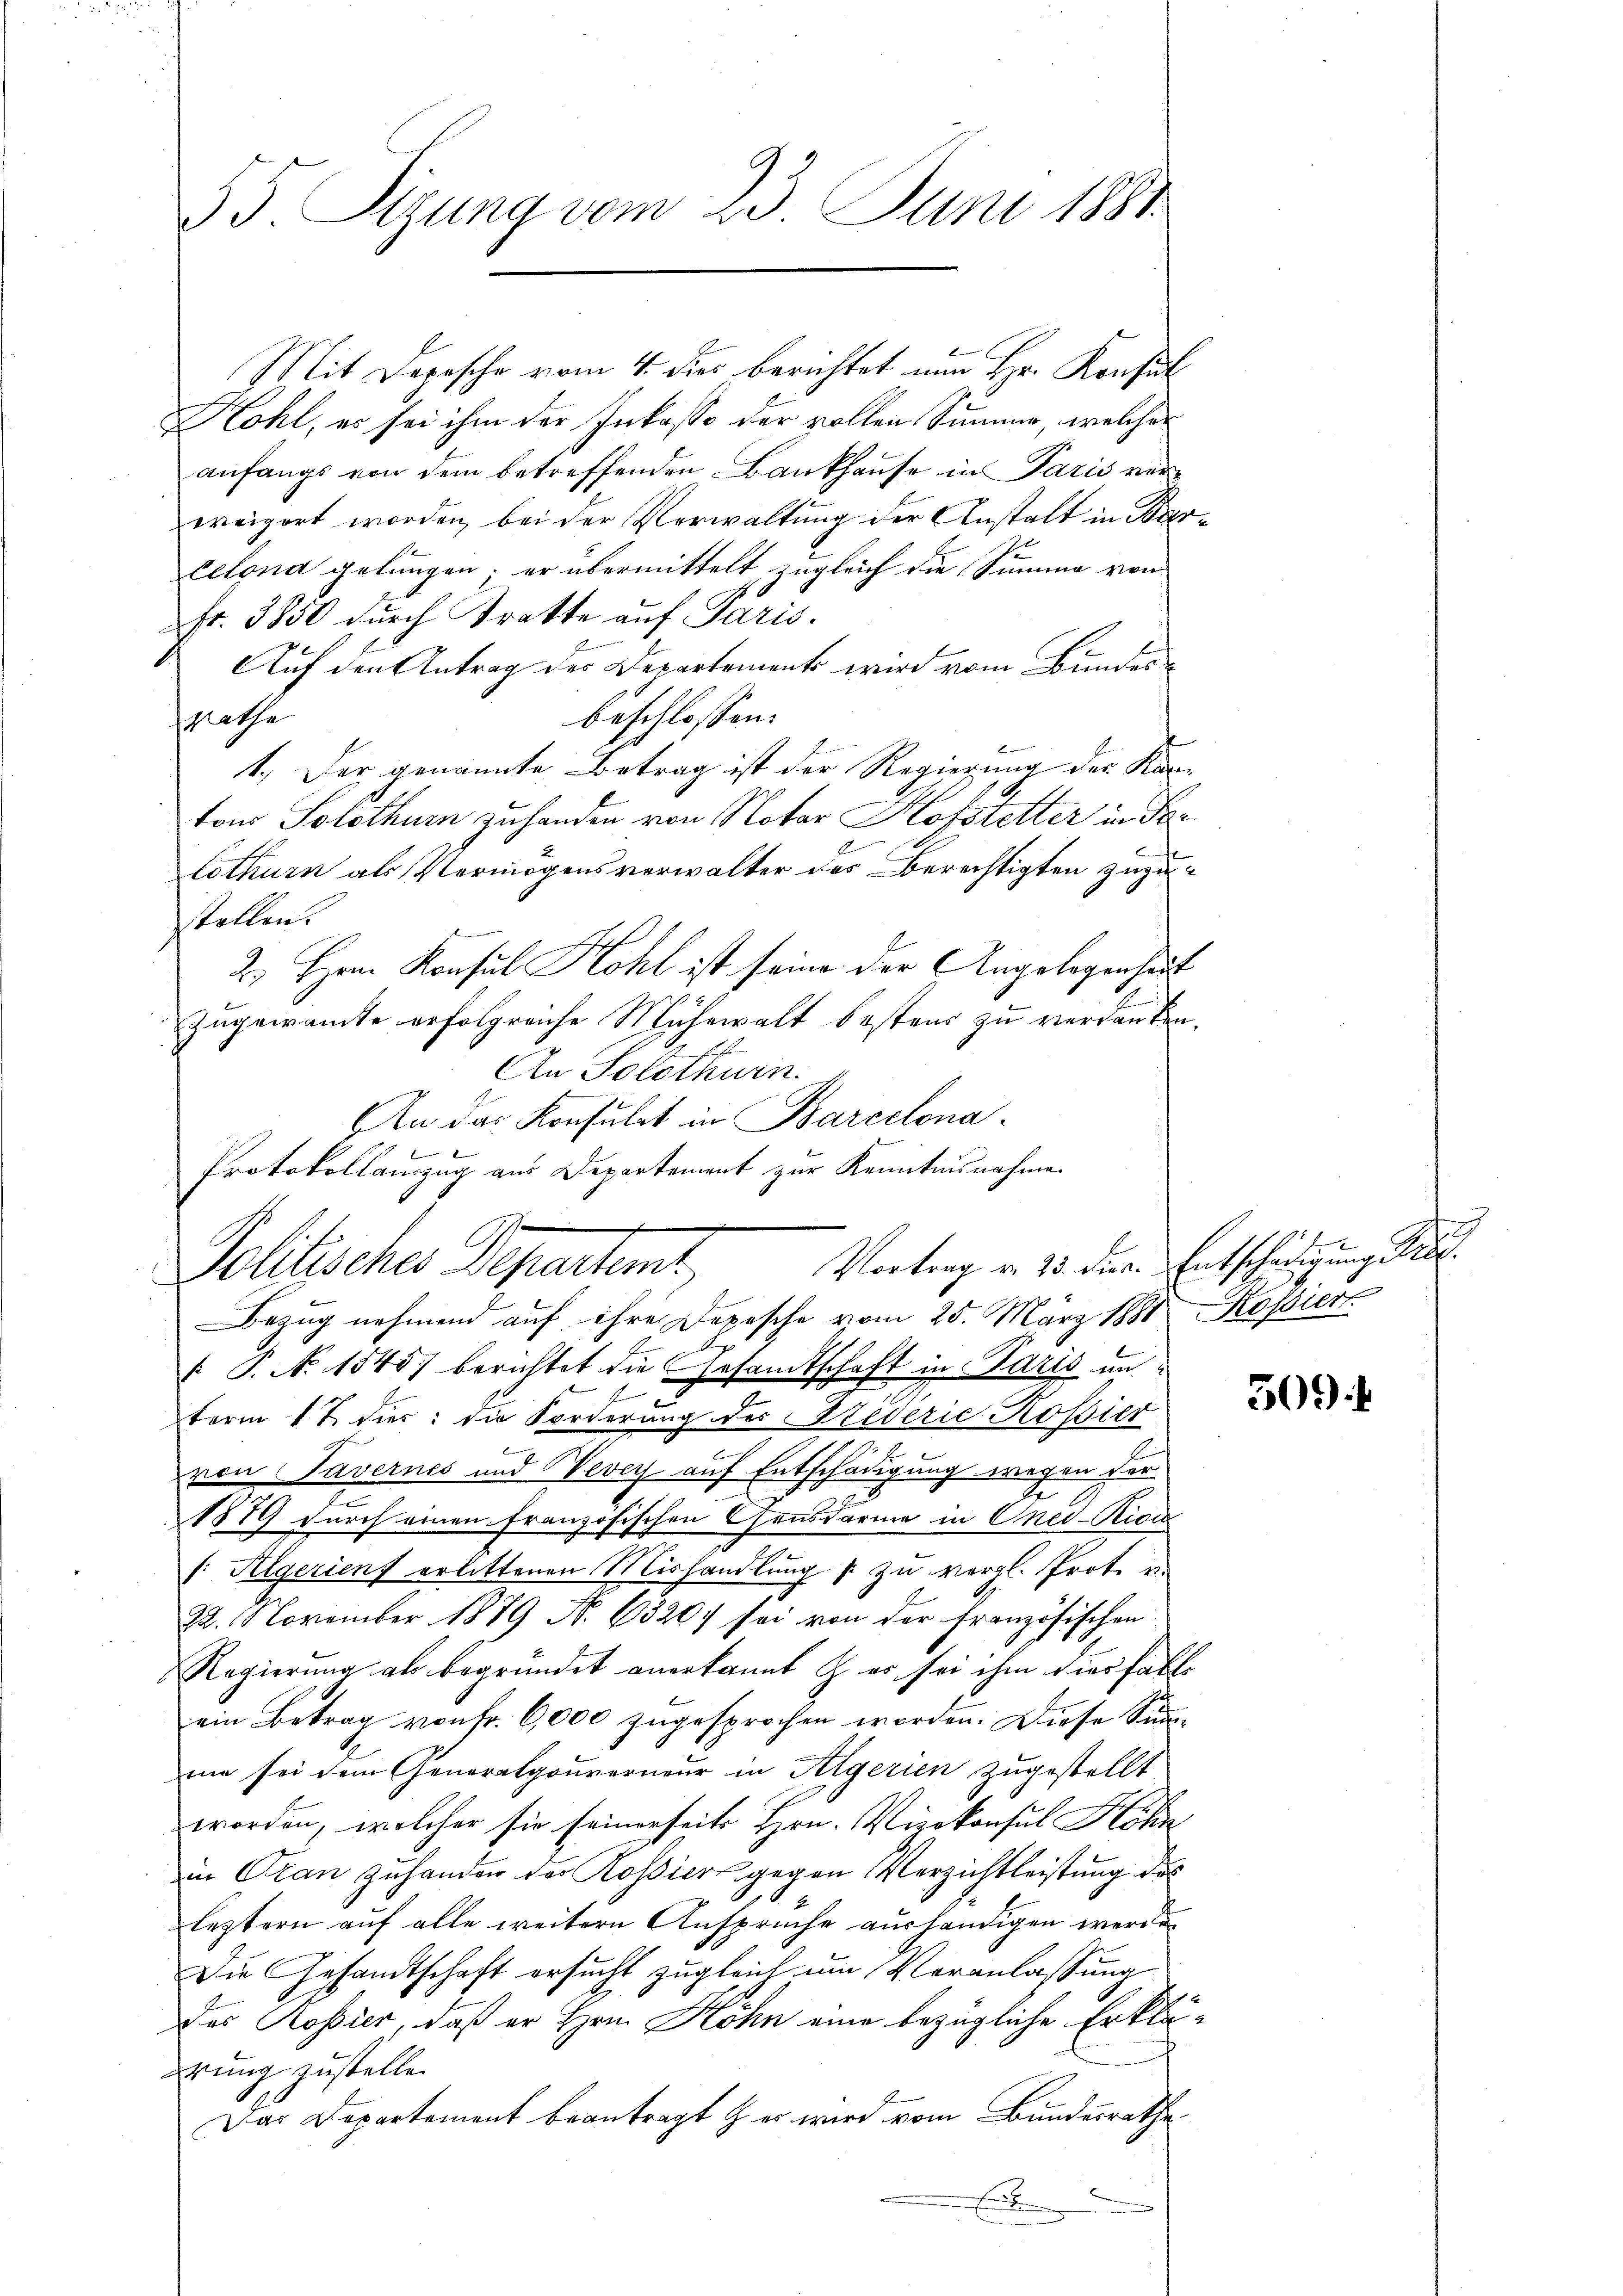
35. Sizung vom 23. Juni 1881

Mit Depesche vom 4. dies berichtet nun Hr. Konsul
Kohl, es sei ihm der Inkasse der vollen Summe, welcher
anfangs von dem betreffenden Bankhause in Paris verereigert worden, bei der Verwaltung der Anstalt in Barcelona gelungen, er übermittelt zugleich die Summe von
fr. 3850 durch Tratte auf Paris.
Auf den Antrag des Departements wird vom Bundesbeschlossen:
srathe
1.) Der genannte Betrag ist der Regierung der Kartons Solothurn zuhanden von Notar Hofstetter in Par
lothurn als Vermögensverwalter des Berechtigten zuzustellen.
2.) Hrrn. Konsul Kohl ist seine der Angelegenheit
zugewante erfolgreiche Mühewalt bestens zu verdanken.
d
An Solothurn.
An das Konsulat in Barcelona.
l
 P. N. 1545) berichtet die Gesandtschaft in Paris unt
term 17. dies: die Forderung des Widerić Rossier
von Tavernes und Vevey auf Entschädigung wegen der
1879 durch einen Französischen Gensdarme in Oned-Kici
v. Aegerienf erlittenen Mishandlung p zu vergl. Prot. u.
22. November 1889 No 63207 sei von der französischen
Regierung als begründet anerkannt & es sei ihm diesfalls
ein Betrag von fr. 6,000 zugesprochen worden. Diese Summie sei dem Generalgouverneur in Algerien zugestellt
worden, welcher sie seinerseits Hrn. Vizekonsul Höhn
in Oran zuhander der Rossier gegen Verzichtleistung des
leztern auf alle weitern Ansprüche aushändigen werde.
Die Gesandtschaft ersucht zugleich um Veranlassung
Das Rossier, daß er Hrn. Höhn eine bezügliche Erklädrung zustelle.
Das Departement beantragt & es wird vom Bundesrathe
.

Protokollamzag aus Departement zur Kenntnisnahme
Vortrag v. 23. der Entschädigung
Politisches Departeme
Bezug nehmend auf ihre Depesche vom 25. März 1881 Kossiert

509. 4